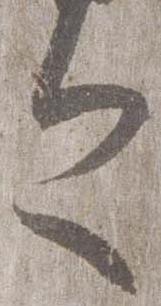
今